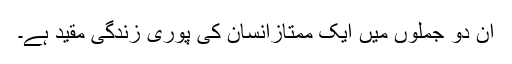
ان دو جملوں میں ایک ممتازانسان کی پوری زندگی مقید ہے۔